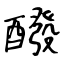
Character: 醱